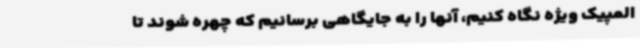
المپیک ویژه نگاه کنیم، آنها را به جایگاهی برسانیم که چهره شوند تا